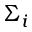
\Sigma _ { i }